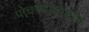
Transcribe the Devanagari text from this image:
पोचण्याआधीच